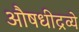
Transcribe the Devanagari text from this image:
औषधीद्रव्ये